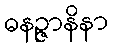
ဓနဉ္ဇာနိနာ